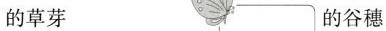
的草芽 的谷穗